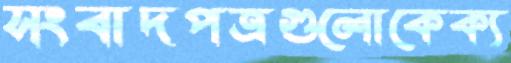
সংবাদপত্রগুলোকেক্য